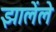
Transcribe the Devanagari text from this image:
झालेंले